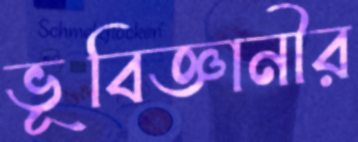
ভূবিজ্ঞানীর